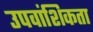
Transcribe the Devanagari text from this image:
उपवांशिकता